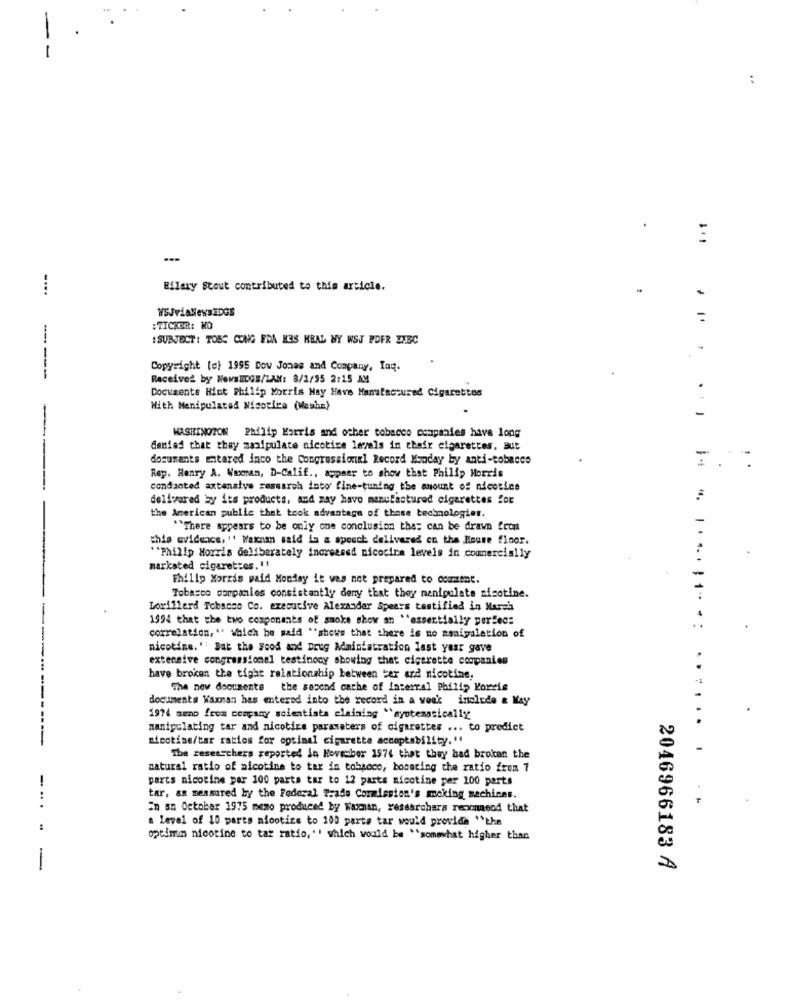
:
.
....
Hilary Stout contributed to this article.
-
WSJviaNewsEDGE
: TICKER: NO
: SUBJECT: TOES CONG FDA KES HEAL NY WSJ PDFR EXEC
Copyright (c) 1995 Dow Jones and Company, Ing.
-----
Received by NowBEDGB/LAN: 8/2/95 2:15 AM
Documents Hint Philip Morris May Have Manufactured Cigarettes
With Manipulated Nicotice (Washe)
-
WASHINGTON Philip Morris and other tobacco companies have long
denied that they manipulate nicotine levels in chair cigarettes. But
--
dosurants entered into the Congressional Record Monday by anti-tobacco
Rep. Henry A. Waxman, D-Calif ., appear to show that Philip Morris
conducted axtensive sesearch into fine-tuning the amount of nicotine
delivered by its products, and may havo manufactured cigarettes for
the American public that took advantage of those technologies.
"There appears to be only one conclusion that can be drawn from
this evidence, " Waxnan said is a sposch delivered on the House floor.
"Philip Morris deliberately increased nicocire levels in commercially
marksted cigarettes. ''
Philip Morris paid Monday it was not prepared to content.
Tobacco companies consistently deny that they manipulate nicotine.
Lorillard Tobacco Co. executive Alexander Spears testified in March
1994 that the two components of smoke show an "essentially perSec:
correlation," Which he said "shows that there is no manipulation of
nicotine. ' Sat the Food and Drug Administration last year gave
extensive congressional testimony showing that cigarette companies
have broken the tight relationship between ter and nicotine,
The new documents the second cache of interral Philip Morris
documents Waxman has entered into the record in a weak include & May
1974 memo from company scientists claiming `syotenasically
manipulating tar and nicotire parameters of cigarettes ... to predict
-------------
nicotine/tar ratios for optimal cigarette acceptability. ".
The researchers reported in November 1976 that they had broken the
natural ratio of nicotine to tar in tobacco, boosting the ratio from 7
parts nicotine par 100 parts tar to 12 parts nicotine per 100 parts
tar, as measured by the Federal Trade Commission's smoking machines.
En an October 1975 meno produced by Waxman, researchara recomend that
a level of 10 parts nicotine to 100 parte tar would provide "the
optimum nicotine to tar ratio, ", which would be "somewhat higher than
-
2046966183 A